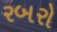
રબરો